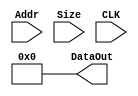

// Generated by Cadence Genus(TM) Synthesis Solution 18.14-s037_1
// Generated on: Feb 22 2024 22:06:05 CST (Feb 23 2024 04:06:05 UTC)

// Verification Directory fv/InstMem 

module InstMem(Addr, Size, DataOut, CLK);
  input [31:0] Addr;
  input [1:0] Size;
  input CLK;
  output [31:0] DataOut;
  wire [31:0] Addr;
  wire [1:0] Size;
  wire CLK;
  wire [31:0] DataOut;
  assign DataOut[0] = 1'b0;
  assign DataOut[1] = 1'b0;
  assign DataOut[2] = 1'b0;
  assign DataOut[3] = 1'b0;
  assign DataOut[4] = 1'b0;
  assign DataOut[5] = 1'b0;
  assign DataOut[6] = 1'b0;
  assign DataOut[7] = 1'b0;
  assign DataOut[8] = 1'b0;
  assign DataOut[9] = 1'b0;
  assign DataOut[10] = 1'b0;
  assign DataOut[11] = 1'b0;
  assign DataOut[12] = 1'b0;
  assign DataOut[13] = 1'b0;
  assign DataOut[14] = 1'b0;
  assign DataOut[15] = 1'b0;
  assign DataOut[16] = 1'b0;
  assign DataOut[17] = 1'b0;
  assign DataOut[18] = 1'b0;
  assign DataOut[19] = 1'b0;
  assign DataOut[20] = 1'b0;
  assign DataOut[21] = 1'b0;
  assign DataOut[22] = 1'b0;
  assign DataOut[23] = 1'b0;
  assign DataOut[24] = 1'b0;
  assign DataOut[25] = 1'b0;
  assign DataOut[26] = 1'b0;
  assign DataOut[27] = 1'b0;
  assign DataOut[28] = 1'b0;
  assign DataOut[29] = 1'b0;
  assign DataOut[30] = 1'b0;
  assign DataOut[31] = 1'b0;
endmodule